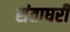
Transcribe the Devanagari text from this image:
संताघरीं